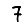
Digit: 7